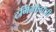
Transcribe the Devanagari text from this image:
टर्मिनाॅलाॅजी